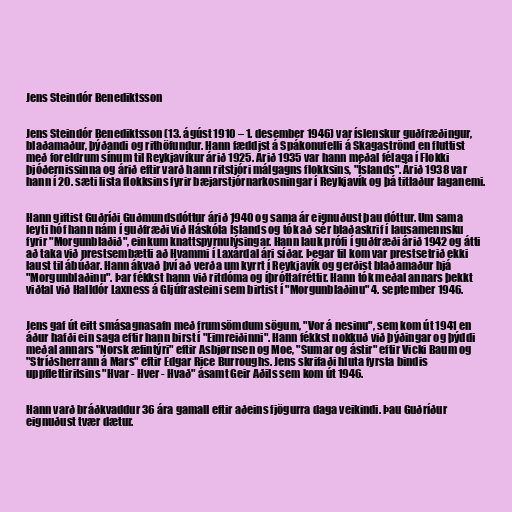
Jens Steindór Benediktsson

Jens Steindór Benediktsson (13. ágúst 1910 – 1. desember 1946) var íslenskur guðfræðingur,
blaðamaður, þýðandi og rithöfundur. Hann fæddist á Spákonufelli á Skagaströnd en fluttist
með foreldrum sínum til Reykjavíkur árið 1925. Árið 1935 var hann meðal félaga í Flokki
þjóðernissinna og árið eftir varð hann ritstjóri málgagns flokksins, "Íslands". Árið 1938 var
hann í 20. sæti lista flokksins fyrir bæjarstjórnarkosningar í Reykjavík og þá titlaður laganemi.

Hann giftist Guðríði Guðmundsdóttur árið 1940 og sama ár eignuðust þau dóttur. Um sama
leyti hóf hann nám í guðfræði við Háskóla Íslands og tók að sér blaðaskrif í lausamennsku
fyrir "Morgunblaðið", einkum knattspyrnulýsingar. Hann lauk prófi í guðfræði árið 1942 og átti
að taka við prestsembætti að Hvammi í Laxárdal ári síðar. Þegar til kom var prestsetrið ekki
laust til ábúðar. Hann ákvað því að verða um kyrrt í Reykjavík og gerðist blaðamaður hjá
"Morgunblaðinu". Þar fékkst hann við ritdóma og íþróttafréttir. Hann tók meðal annars þekkt
viðtal við Halldór Laxness á Gljúfrasteini sem birtist í "Morgunblaðinu" 4. september 1946.

Jens gaf út eitt smásagnasafn með frumsömdum sögum, "Vor á nesinu", sem kom út 1941 en
áður hafði ein saga eftir hann birst í "Eimreiðinni". Hann fékkst nokkuð við þýðingar og þýddi
meðal annars "Norsk æfintýri" eftir Asbjørnsen og Moe, "Sumar og ástir" eftir Vicki Baum og
"Stríðsherrann á Mars" eftir Edgar Rice Burroughs. Jens skrifaði hluta fyrsta bindis
uppflettiritsins "Hvar - Hver - Hvað" ásamt Geir Aðils sem kom út 1946.

Hann varð bráðkvaddur 36 ára gamall eftir aðeins fjögurra daga veikindi. Þau Guðríður
eignuðust tvær dætur.